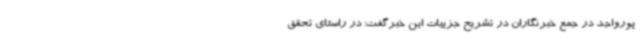
پورواجد در جمع خبرنگاران در تشریح جزییات این خبرگفت: در راستای تحقق